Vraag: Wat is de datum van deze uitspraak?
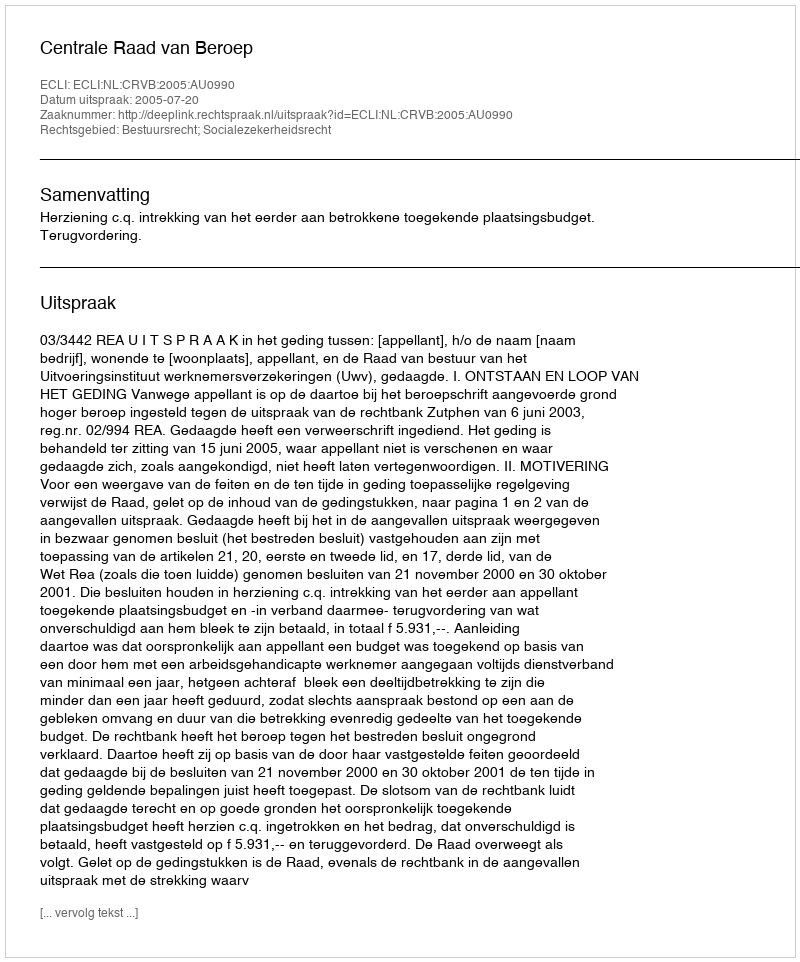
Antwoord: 2005-07-20